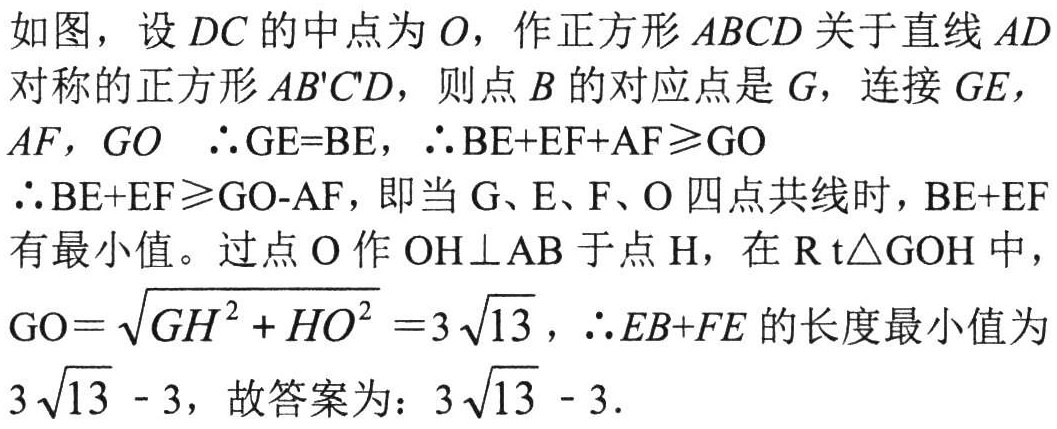
如图，设 \(DC\) 的中点为 \(O\)，作正方形 \(ABCD\) 关于直线 \(AD\) 对称的正方形 \(AB'C'D\)，则点 \(B\) 的对应点是 \(G\)，连接 \(GE\)，\(AF\)，\(GO\)  \(\therefore \mathrm{GE}=\mathrm{BE}\)，\(\therefore \mathrm{BE}+\mathrm{EF}+\mathrm{AF}\geqslant \mathrm{GO}\)

\(\therefore \mathrm{BE}+\mathrm{EF}\geqslant \mathrm{GO}-\mathrm{AF}\)，即当 \(\mathrm{G}\)、\(\mathrm{E}\)、\(\mathrm{F}\)、\(\mathrm{O}\) 四点共线时，\(\mathrm{BE}+\mathrm{EF}\) 有最小值。过点 \(\mathrm{O}\) 作 \(\mathrm{OH}\perp \mathrm{AB}\) 于点 \(\mathrm{H}\)，在 \(\mathrm{Rt}\triangle \mathrm{GOH}\) 中，\(\mathrm{GO}=\sqrt{\mathrm{GH}^{2}+\mathrm{HO}^{2}} = 3\sqrt{13}\)，\(\therefore \mathrm{EB}+\mathrm{FE}\) 的长度最小值为 \(3\sqrt{13}-3\)，故答案为：\(3\sqrt{13}-3\).